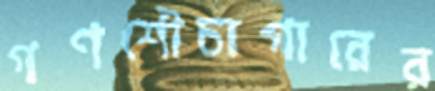
গণশৌচাগারের